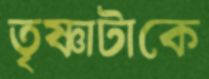
তৃষ্ণাটাকে